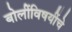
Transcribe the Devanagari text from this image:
बोलींविषयींचे